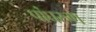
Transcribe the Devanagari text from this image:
पांघरुण